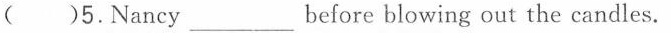
()5.Nancy ___ before blowing out the candles.